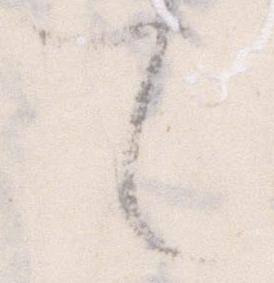
て